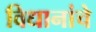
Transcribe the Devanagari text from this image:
विधानांचे